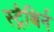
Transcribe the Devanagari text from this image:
स्ट्रैथिर्न